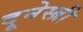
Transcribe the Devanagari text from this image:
दूनेस्ब्री